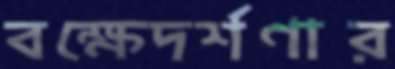
বক্ষেদর্শণার